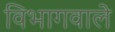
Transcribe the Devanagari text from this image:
विभागवाले